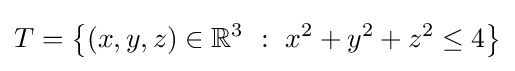
T=\left\{(x,y,z)\in \mathbb {R} ^{3}\ :\ x^{2}+y^{2}+z^{2}\leq 4\right\}